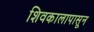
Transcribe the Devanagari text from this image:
शिवकालापासून